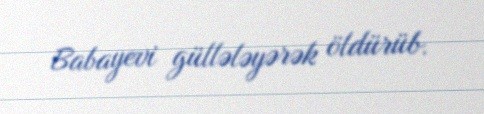
Babayevi güllələyərək öldürüb.